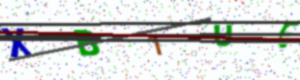
Text: XB1UE